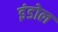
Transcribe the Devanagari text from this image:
इंडोल